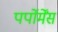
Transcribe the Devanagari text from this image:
पर्पोर्मेंस